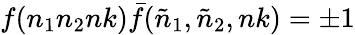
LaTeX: f(n_{1}n_{2}nk){\bar{f}}({\tilde{n}}_{1},{\tilde{n}}_{2},nk)=\pm 1